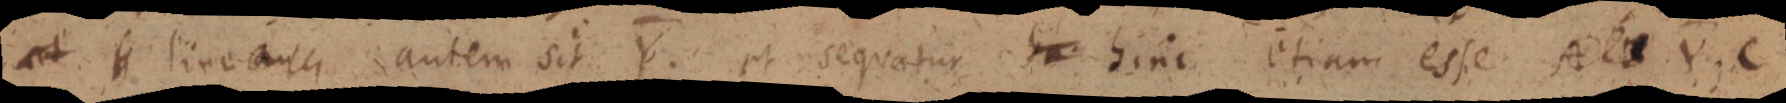
et _ lineam autem sit Y. et sequatur _ hinc etiam esse A _ Y, C